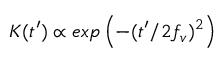
K ( t ^ { \prime } ) \propto e x p \left( - ( t ^ { \prime } / 2 f _ { v } ) ^ { 2 } \right)